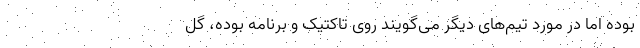
بوده اما در مورد تیم‌های دیگر می‌گویند روی تاکتیک و برنامه بوده، گل